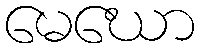
မေဃော